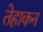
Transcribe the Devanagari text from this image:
तेहाकन